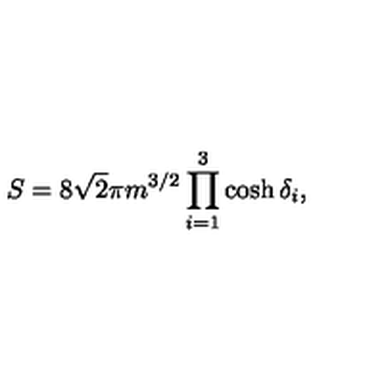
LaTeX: S = 8 \sqrt { 2 } \pi m ^ { 3 / 2 } \prod _ { i = 1 } ^ { 3 } \cosh \delta _ { i } ,